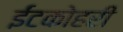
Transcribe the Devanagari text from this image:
ईंटकोहरी